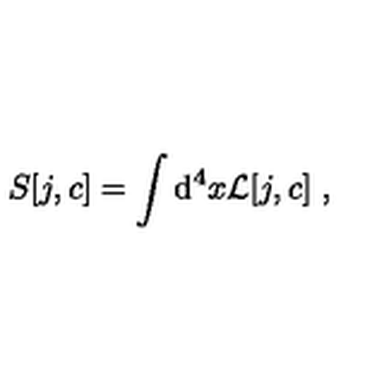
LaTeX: S [ j , c ] = \int \mathrm { d } ^ { 4 } x { \cal L } [ j , c ] \ ,